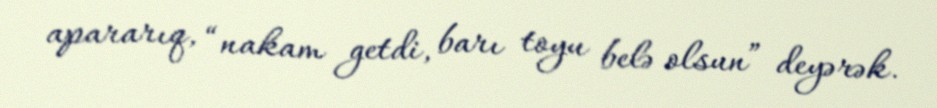
apararıq, “nakam getdi, barı toyu belə olsun” deyərək.